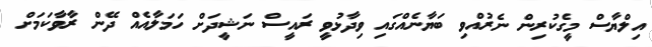
އިލްޔާސް މީގެކުރިން ނެރުއްވި ބަޔާނެއްގައި ވިދާޅުވީ ރައީސް ނަޝީދަށް ހަމަލާއެއް ދޭން ރާވާކަމަށް